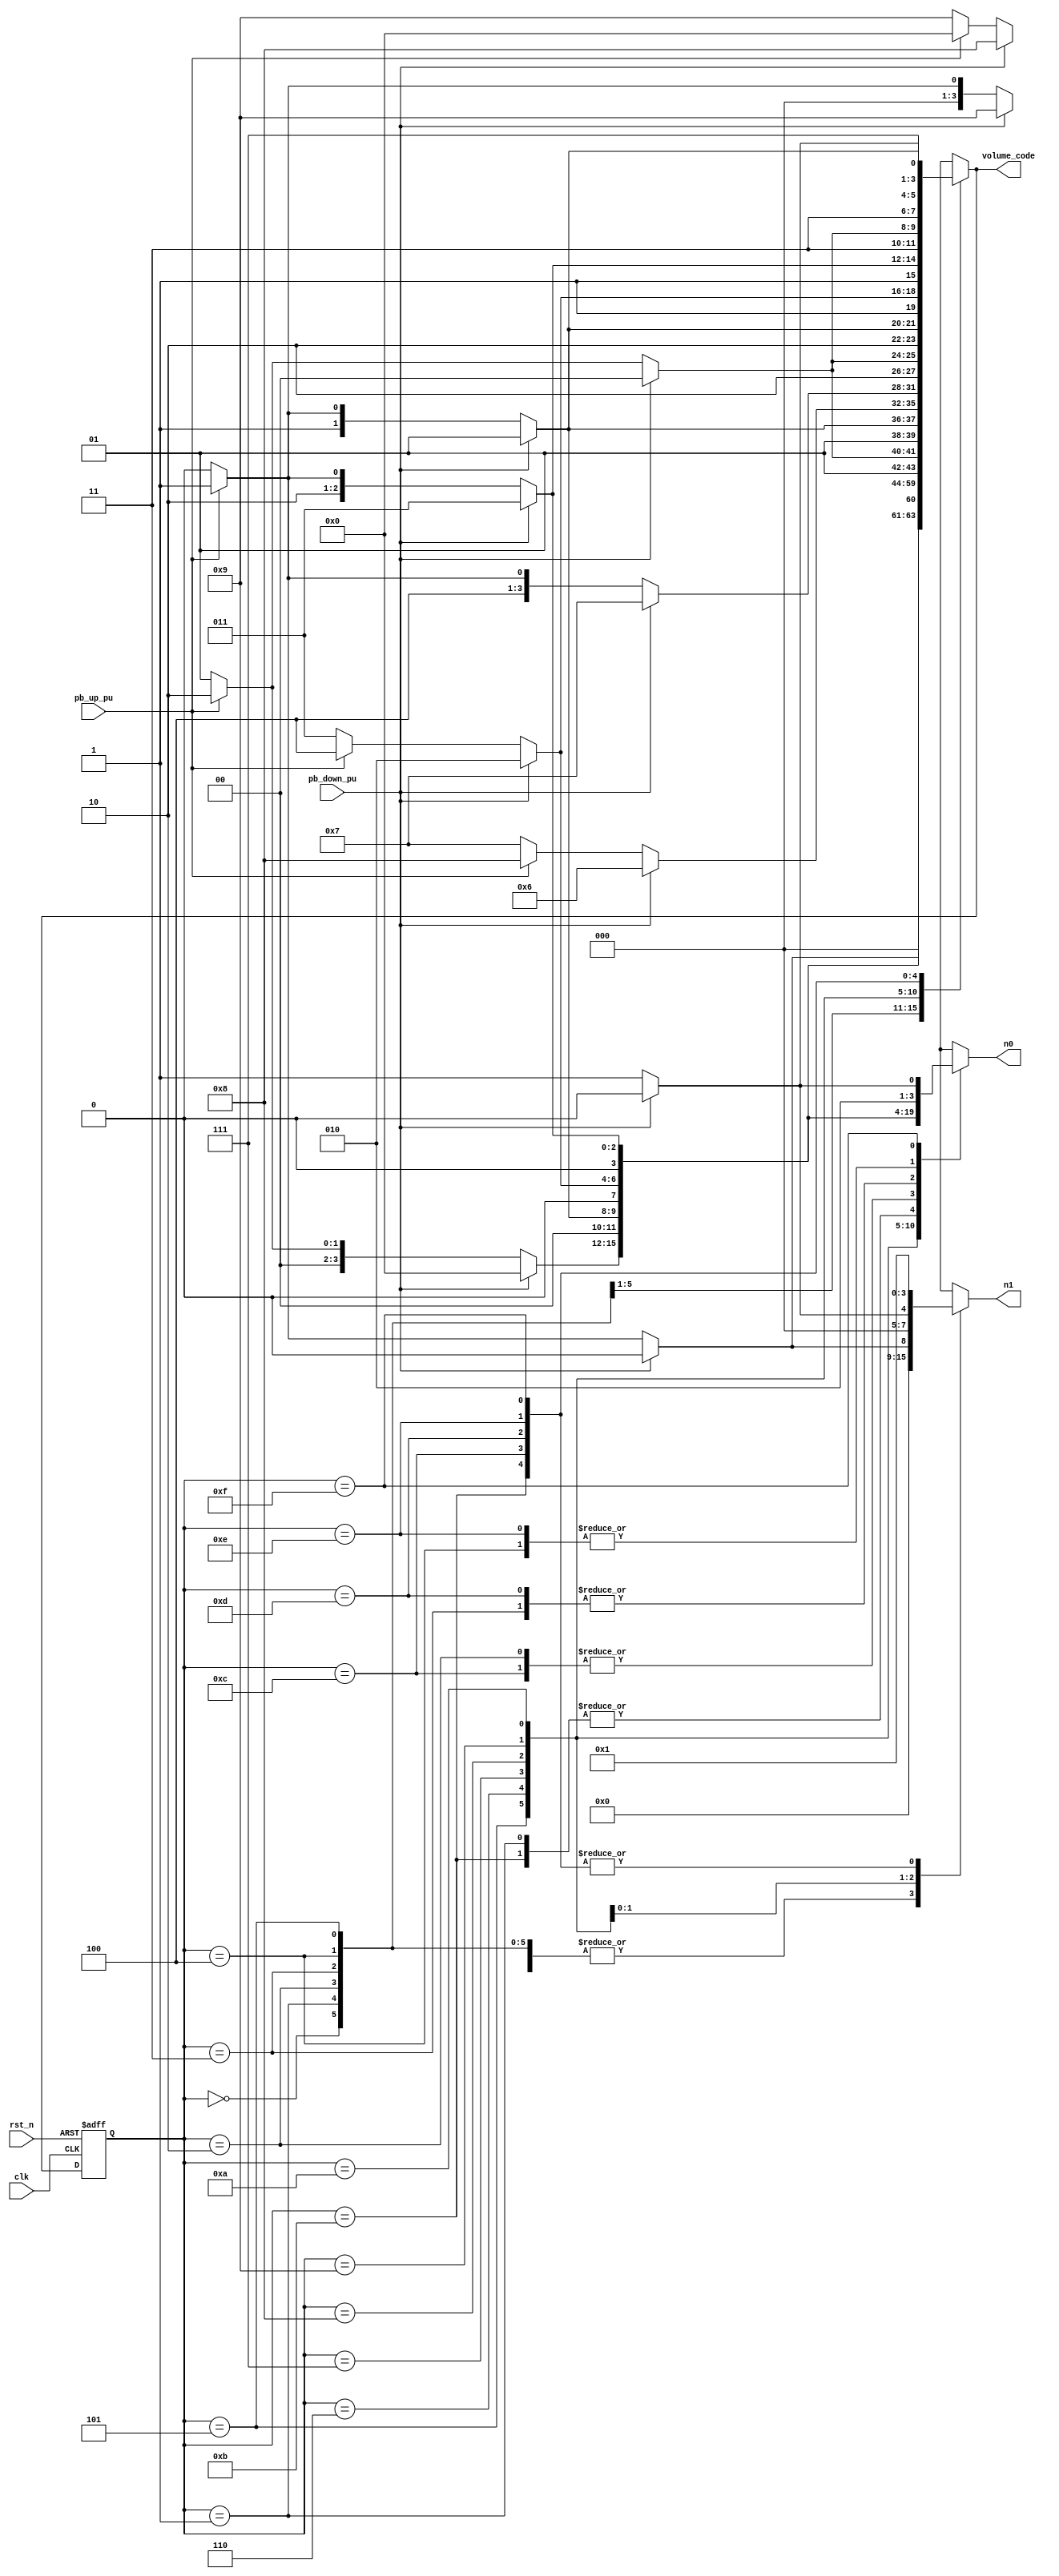
`timescale 1ns / 1ps
//////////////////////////////////////////////////////////////////////////////////
// Company: 
// Engineer: 
// 
// Design Name: 
// Module Name: Volume_fsm
// Project Name: 
// Target Devices: 
// Tool Versions: 
// Description: 
// 
// Dependencies: 
// 
// Revision:
// Revision 0.01 - File Created
// Additional Comments:
// 
//////////////////////////////////////////////////////////////////////////////////


module Volume_fsm(
    input clk,
    input rst_n,
    input pb_up_pu,
    input pb_down_pu,
    output reg [3:0] volume_code,
    output reg [3:0] n1,
    output reg [3:0] n0
    );
    
    reg [3:0] state, next_state;
    
    always @* begin
        case(state)
            4'd0: begin
                if (pb_down_pu) begin
                    next_state = 4'd0;
                    volume_code = 4'd0;
                    n1 = 4'd0;
                    n0 = 4'd0;
                end
                else if (pb_up_pu) begin
                    next_state = 4'd1;
                    volume_code = 4'd1;
                    n1 = 4'd0;
                    n0 = 4'd1;
                end
                else begin
                    next_state = 4'd0;
                    volume_code = 4'd0;
                    n1 = 4'd0;
                    n0 = 4'd0;
                end
            end
            4'd1: begin
                if (pb_down_pu) begin
                    next_state = 4'd0;
                    volume_code = 4'd0;
                    n1 = 4'd0;
                    n0 = 4'd0;
                end
                else if (pb_up_pu) begin
                    next_state = 4'd2;
                    volume_code = 4'd2;
                    n1 = 4'd0;
                    n0 = 4'd2;
                end
                else begin
                    next_state = 4'd1;
                    volume_code = 4'd1;
                    n1 = 4'd0;
                    n0 = 4'd1;
                end
            end
            4'd2: begin
                if (pb_down_pu) begin
                    next_state = 4'd1;
                    volume_code = 4'd1;
                    n1 = 4'd0;
                    n0 = 4'd1;
                end
                else if (pb_up_pu) begin
                    next_state = 4'd3;
                    volume_code = 4'd3;
                    n1 = 4'd0;
                    n0 = 4'd3;
                end
                else begin
                    next_state = 4'd2;
                    volume_code = 4'd2;
                    n1 = 4'd0;
                    n0 = 4'd2;
                end
            end
            4'd3: begin
                if (pb_down_pu) begin
                    next_state = 4'd2;
                    volume_code = 4'd2;
                    n1 = 4'd0;
                    n0 = 4'd2;
                end
                else if (pb_up_pu) begin
                    next_state = 4'd4;
                    volume_code = 4'd4;
                    n1 = 4'd0;
                    n0 = 4'd4;
                end
                else begin
                    next_state = 4'd3;
                    volume_code = 4'd3;
                    n1 = 4'd0;
                    n0 = 4'd3;
                end
            end
            4'd4: begin
                if (pb_down_pu) begin
                    next_state = 4'd3;
                    volume_code = 4'd3;
                    n1 = 4'd0;
                    n0 = 4'd3;
                end
                else if (pb_up_pu) begin
                    next_state = 4'd5;
                    volume_code = 4'd5;
                    n1 = 4'd0;
                    n0 = 4'd5;
                end
                else begin
                    next_state = 4'd4;
                    volume_code = 4'd4;
                    n1 = 4'd0;
                    n0 = 4'd4;
                end
            end
            4'd5: begin
                if (pb_down_pu) begin
                    next_state = 4'd4;
                    volume_code = 4'd4;
                    n1 = 4'd0;
                    n0 = 4'd4;
                end
                else if (pb_up_pu) begin
                    next_state = 4'd6;
                    volume_code = 4'd6;
                    n1 = 4'd0;
                    n0 = 4'd6;
                end
                else begin
                    next_state = 4'd5;
                    volume_code = 4'd5;
                    n1 = 4'd0;
                    n0 = 4'd5;
                end
            end
            4'd6: begin
                if (pb_down_pu) begin
                    next_state = 4'd5;
                    volume_code = 4'd5;
                    n1 = 4'd0;
                    n0 = 4'd5;
                end
                else if (pb_up_pu) begin
                    next_state = 4'd7;
                    volume_code = 4'd7;
                    n1 = 4'd0;
                    n0 = 4'd7;
                end
                else begin
                    next_state = 4'd6;
                    volume_code = 4'd6;
                    n1 = 4'd0;
                    n0 = 4'd6;
                end
            end
            4'd7: begin
                if (pb_down_pu) begin
                    next_state = 4'd6;
                    volume_code = 4'd6;
                    n1 = 4'd0;
                    n0 = 4'd6;
                end
                else if (pb_up_pu) begin
                    next_state = 4'd8;
                    volume_code = 4'd8;
                    n1 = 4'd0;
                    n0 = 4'd8;
                end
                else begin
                    next_state = 4'd7;
                    volume_code = 4'd7;
                    n1 = 4'd0;
                    n0 = 4'd7;
                end
            end
            4'd8: begin
                if (pb_down_pu) begin
                    next_state = 4'd7;
                    volume_code = 4'd7;
                    n1 = 4'd0;
                    n0 = 4'd7;
                end
                else if (pb_up_pu) begin
                    next_state = 4'd9;
                    volume_code = 4'd9;
                    n1 = 4'd0;
                    n0 = 4'd9;
                end
                else begin
                    next_state = 4'd8;
                    volume_code = 4'd8;
                    n1 = 4'd0;
                    n0 = 4'd8;
                end
            end
            4'd9: begin
                if (pb_down_pu) begin
                    next_state = 4'd8;
                    volume_code = 4'd8;
                    n1 = 4'd0;
                    n0 = 4'd8;
                end
                else if (pb_up_pu) begin
                    next_state = 4'd10;
                    volume_code = 4'd10;
                    n1 = 4'd1;
                    n0 = 4'd0;
                end
                else begin
                    next_state = 4'd9;
                    volume_code = 4'd9;
                    n1 = 4'd0;
                    n0 = 4'd9;
                end
            end
            4'd10: begin
                if (pb_down_pu) begin
                    next_state = 4'd9;
                    volume_code = 4'd9;
                    n1 = 4'd0;
                    n0 = 4'd9;
                end
                else if (pb_up_pu) begin
                    next_state = 4'd11;
                    volume_code = 4'd11;
                    n1 = 4'd1;
                    n0 = 4'd1;
                end
                else begin
                    next_state = 4'd10;
                    volume_code = 4'd10;
                    n1 = 4'd1;
                    n0 = 4'd0;
                end
            end
            4'd11: begin
                if (pb_down_pu) begin
                    next_state = 4'd10;
                    volume_code = 4'd10;
                    n1 = 4'd1;
                    n0 = 4'd0;
                end
                else if (pb_up_pu) begin
                    next_state = 4'd12;
                    volume_code = 4'd12;
                    n1 = 4'd1;
                    n0 = 4'd2;
                end
                else begin
                    next_state = 4'd11;
                    volume_code = 4'd11;
                    n1 = 4'd1;
                    n0 = 4'd1;
                end
            end
            4'd12: begin
                if (pb_down_pu) begin
                    next_state = 4'd11;
                    volume_code = 4'd11;
                    n1 = 4'd1;
                    n0 = 4'd1;
                end
                else if (pb_up_pu) begin
                    next_state = 4'd13;
                    volume_code = 4'd13;
                    n1 = 4'd1;
                    n0 = 4'd3;
                end
                else begin
                    next_state = 4'd12;
                    volume_code = 4'd12;
                    n1 = 4'd1;
                    n0 = 4'd2;
                end
            end
            4'd13: begin
                if (pb_down_pu) begin
                    next_state = 4'd12;
                    volume_code = 4'd12;
                    n1 = 4'd1;
                    n0 = 4'd2;
                end
                else if (pb_up_pu) begin
                    next_state = 4'd14;
                    volume_code = 4'd14;
                    n1 = 4'd1;
                    n0 = 4'd4;
                end
                else begin
                    next_state = 4'd13;
                    volume_code = 4'd13;
                    n1 = 4'd1;
                    n0 = 4'd3;
                end
            end
            4'd14: begin
                if (pb_down_pu) begin
                    next_state = 4'd13;
                    volume_code = 4'd13;
                    n1 = 4'd1;
                    n0 = 4'd3;
                end
                else if (pb_up_pu) begin
                    next_state = 4'd15;
                    volume_code = 4'd15;
                    n1 = 4'd1;
                    n0 = 4'd5;
                end
                else begin
                    next_state = 4'd14;
                    volume_code = 4'd14;
                    n1 = 4'd1;
                    n0 = 4'd4;
                end
            end
            4'd15: begin
                if (pb_down_pu) begin
                    next_state = 4'd14;
                    volume_code = 4'd14;
                    n1 = 4'd1;
                    n0 = 4'd4;
                end
                else if (pb_up_pu) begin
                    next_state = 4'd15;
                    volume_code = 4'd15;
                    n1 = 4'd1;
                    n0 = 4'd5;
                end
                else begin
                    next_state = 4'd15;
                    volume_code = 4'd15;
                    n1 = 4'd1;
                    n0 = 4'd5;
                end
            end
            default: begin
                if (pb_down_pu) begin
                    next_state = 4'd0;
                    volume_code = 4'd0;
                    n1 = 4'd0;
                    n0 = 4'd0;
                end
                else if (pb_up_pu) begin
                    next_state = 4'd1;
                    volume_code = 4'd1;
                    n1 = 4'd0;
                    n0 = 4'd1;
                end
                else begin
                    next_state = 4'd0;
                    volume_code = 4'd0;
                    n1 = 4'd0;
                    n0 = 4'd0;
                end
            end
        endcase 
    end
    
    always @(posedge clk or negedge rst_n)
        if (~rst_n)
            state <= 4'd0;
        else
            state <= next_state;    
endmodule